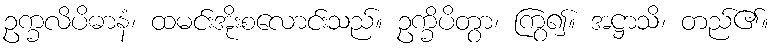
ဥက္ခလိပိဓာနံ၊ ထမင်းအိုးစလောင်းသည်။ ဥက္ခိပိတွာ၊ ကြွ၍။ အဋ္ဌာသိ၊ တည်၏။